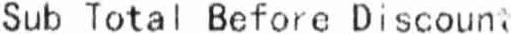
SUB TOTAL BEFORE DISCOUNT